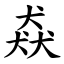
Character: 猋